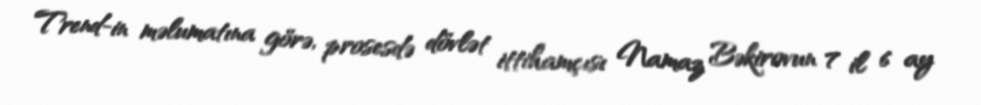
Trend-in məlumatına görə, prosesdə dövlət ittihamçısı Namaz Bəkirovun 7 il 6 ay